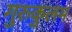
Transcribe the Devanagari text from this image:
गुरुकुलम